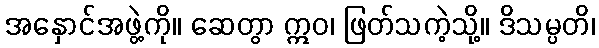
အနှောင်အဖွဲ့ကို။ ဆေတွာ ဣဝ၊ ဖြတ်သကဲ့သို့။ ဒိသမ္ပတိ၊